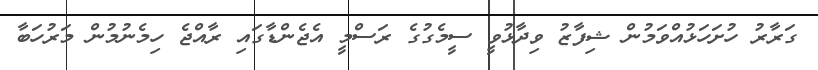
ގަރާރު ހުށަހަޅުއްވަމުން ޝިފާޒު ވިދާޅުވީ ސީމެގުގެ ރަސްމީ އެޖެންޑާގައި ރާއްޖެ ހިމެނުމުން މަރުހަބާ